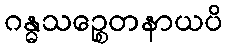
ဂန္ဓသဉ္စေတနာယပိ